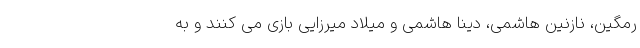
رمگین، نازنین هاشمی، دینا هاشمی و میلاد میرزایی بازی می کنند و به